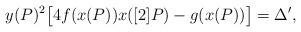
LaTeX: \begin{align*}y(P)^2 \bigl [ 4 f(x(P)) x([2]P) - g(x(P)) \bigr ] = \Delta^\prime,\end{align*}